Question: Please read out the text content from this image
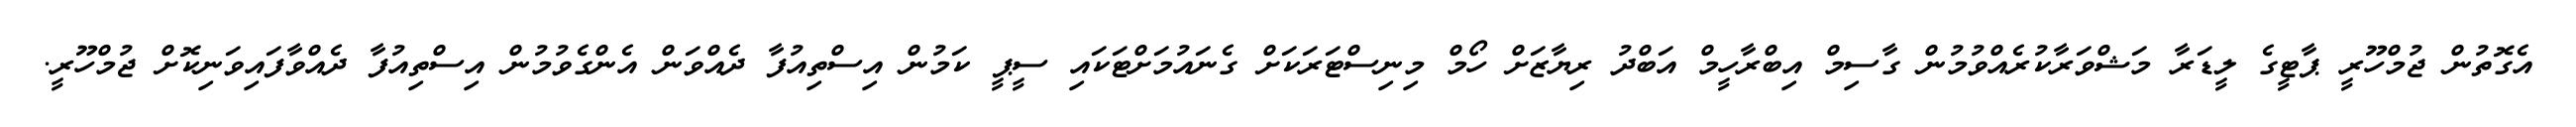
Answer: އެގޮތުން ޖުމްހޫރީ ޕާޓީގެ ލީޑަރާ މަޝްވަރާކުރެއްވުމުން ގާސިމް އިބްރާހީމް އަބްދު ރިޔާޒަށް ހޯމް މިނިސްޓަރަކަށް ގެނައުމަށްޓަކައި ސީޕީ ކަމުން އިސްތިއުފާ ދެއްވަން އެންގެވުމުން އިސްތިއުފާ ދެއްވާފައިވަނިކޮށް ޖުމްހޫރީ.